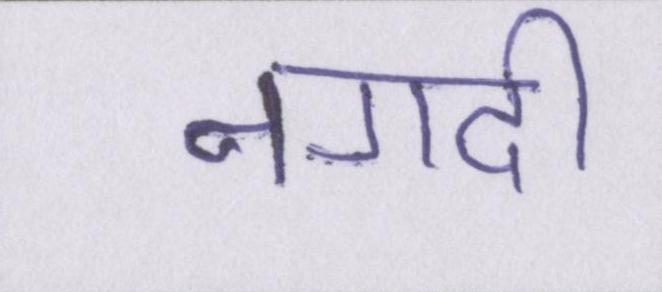
नगदी